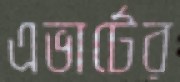
এভার্টের